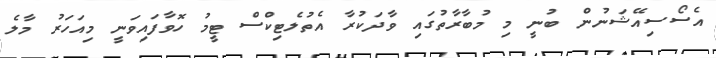
އެސޯސިއޭޝަނުން ބުނީ މި މުބާރާތުގައި ވާދަކުރާ އެތުލެޓިކްސް ޓީމު ހޮވާފައިވަނީ މިއަހަރު މާލެ